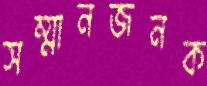
সম্মানজনক